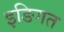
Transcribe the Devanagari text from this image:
इङिगत